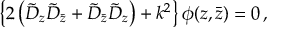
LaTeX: \left\{ 2 \left( \tilde { D } _ { z } \tilde { D } _ { \bar { z } } + \tilde { D } _ { \bar { z } } \tilde { D } _ { z } \right) + k ^ { 2 } \right\} \phi ( z , \bar { z } ) = 0 \, ,